Civil Veterinary Department Bihar & Orissa reports 1929-36 - 1929-1936
Year: 1929
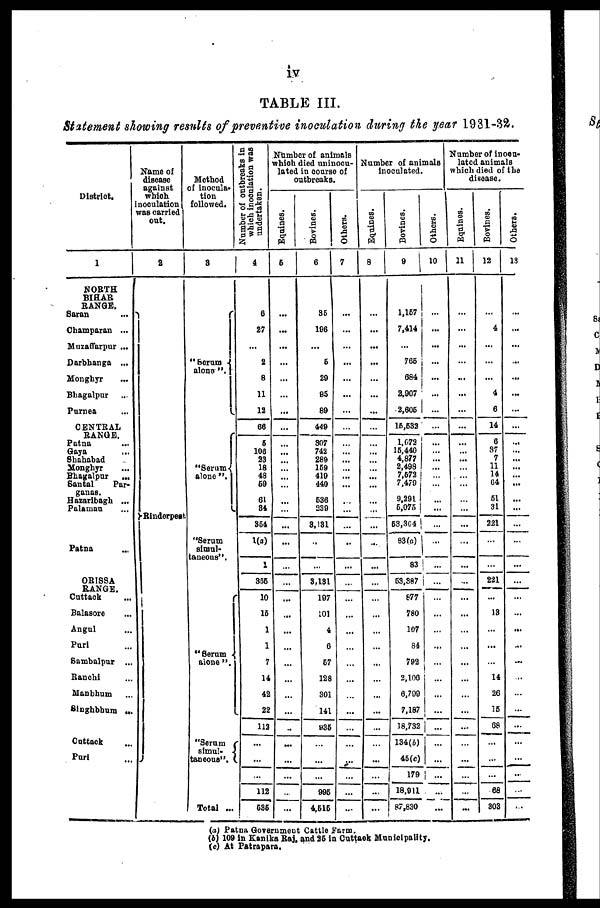
iv
TABLE III.
Statement showing results of preventive inoculation during the year 1931-32.
District.
1
NORTH
BIHAR
RANGE.
Saran
...
Champaran ...
Muzaffarpur ...
Darbhanga ...
Monghyr ...
Bhagalpur ...
Purnea ...
GENTRAL RANGE.
Patna ...
Gaya ...
Shahabad
Monghyr ...
Bhagalpur
...
Santal Parganas.
Hazaribagh ...
Palamau ...
Patna ...
ORISSA
RANGE.
Cuttack ...
Balasore ...
Angul ...
Purl
Sambalpur ...
Ranchi ...
Manbhum ...
Singhbhum ...
Cuttack ...
Purl
Name of
disease
against
which
Inoculation
was carried
out.
2
Rinderpest
Method
of inocula-
tion
followed.
3
"Serum
alone-".
"Serum
alone ".
"Serum
simul-
taneous".
"Serum
alone ".
"Serum
simul-
taneous".
Total ...
Number of outbreaks in
which inoculation was
undertaken.
4
6
27
...
2
8
11
12
66
5
106
23
18
48
59
61
84
854
1(a)
1
355
10
15
1
1
7
14
42
22
112
...
...
...
112
535
Number of animals
which died uninocu-
lated in course of
outbreaks.
Equines.
5
...
...
...
...
...
...
...
...
...
... ...
...
...
...
...
...
...
...
...
...
...
...
...
...
...
...
...
...
...
...
...
...
...
Bovines.
6
35
196
...
5
20
95
89
449
307
742
289
159
410
440
536
239
3,131
...
...
3,131
197
101
4
6
57
128
301
141
935
...
...
...
995
4,515
Others.
7
...
...
...
...
...
...
...
...
...
...
...
...
...
...
...
...
...
...
...
...
...
....
...
...
...
...
...
...
...
...
...
...
...
...
Number of animals
inoculated.
Equines.
8
...
...
...
...
...
...
...
...
...
...
...
...
...
...
...
...
...
...
...
...
...
...
...
...
...
...
...
...
...
...
...
...
...
Bovines.
9
1,157
7,414
...
765
684
2,907
2,605
15,532
1,072
15,440
4,877
2,498
7,572
7,479
9,291
5,075
53,304
83 (a)
83
63,387
877
780
107
84
792
2,106
6,799
7,187
18,732
134(b)
45(c)
179
18,911
87,830
Others.
10
...
...
...
...
...
...
...
...
...
... ...
...
...
...
...
...
...
...
...
...
...
...
...
...
...
...
...
...
...
...
...
...
...
...
Number of inocu-
lated animals
which died of the
disease.
Equines.
11
...
...
...
...
...
...
...
...
...
... ...
...
...
...
...
...
...
...
...
......
...
...
...
...
...
...
...
...
...
...
...
...
...
...
Bovines.
12
4
...
...
4
6
14
6
87
7
11
14
04
51
31
221
...
...
221
...
13
...
...
...
14
26
15
68
...
...
...
68
303
Others.
13
...
...
...
...
...
...
...
...
...
...
...
...
...
...
...
...
...
...
...
...
...
...
...
...
...
...
...
...
...
...
...
...
...
...
...
(a) Patna Government Cattle farm.
(b) 109 in Kanika Raj, and 25 in Cuttack Municipality.
(c) At Patrapara.